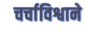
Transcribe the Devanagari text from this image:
चर्चाविश्वाने